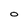
Character: 0